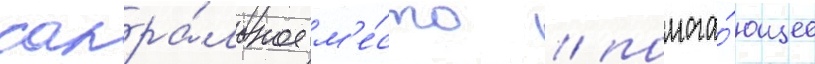
сакра́льное м'е́сто / помога́ющее